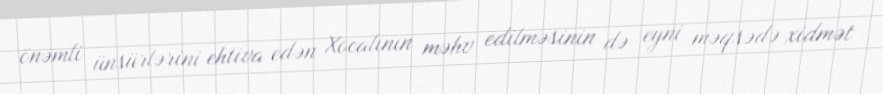
önəmli ünsürlərini ehtiva edən Xocalının məhv edilməsinin də eyni məqsədə xidmət